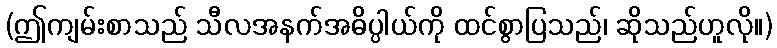
(ဤကျမ်းစာသည် သီလအနက်အဓိပ္ပါယ်ကို ထင်စွာပြသည်၊ ဆိုသည်ဟူလို။)